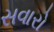
સવારો